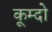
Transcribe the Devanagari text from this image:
कूम्दो